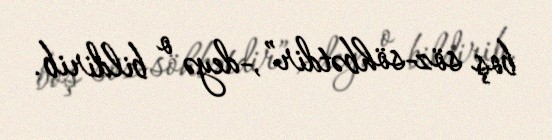
boş söz-söhbətdir”,-deyə o bildirib.